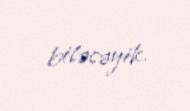
biləcəyik.